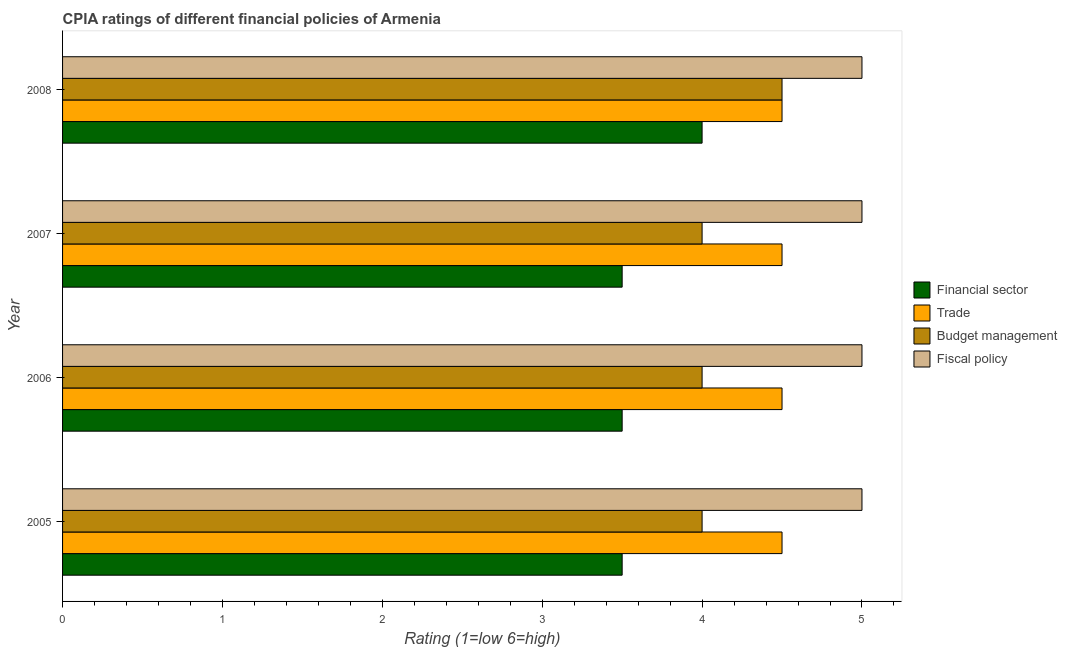
| Year | Financial sector | Trade | Budget management | Fiscal policy |
 | --- | --- | --- | --- | --- |
 | 2005 | 3.5 | 4.5 | 4 | 5 |
 | 2006 | 3.5 | 4.5 | 4 | 5 |
 | 2007 | 3.5 | 4.5 | 4 | 5 |
 | 2008 | 4 | 4.5 | 4.5 | 5 |